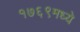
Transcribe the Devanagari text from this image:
१७६९मध्ये